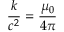
\frac { k } { c ^ { 2 } } = \frac { \mu _ { 0 } } { 4 \pi }